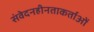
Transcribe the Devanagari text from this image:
संवेदनहीनताकर्ताओं